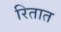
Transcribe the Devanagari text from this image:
रितात